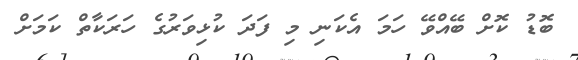
ބޮޑު ކޮށް ބޭއްވޭ ހަމަ އެކަނި މި ފަދަ ކުޅިވަރުގެ ހަރަކާތް ކަމަށް